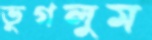
ভুগলুম